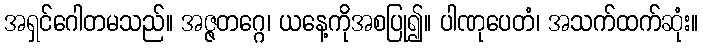
အရှင်ဂေါတမသည်။ အဇ္ဇတဂ္ဂေ၊ ယနေ့ကိုအစပြု၍။ ပါဏုပေတံ၊ အသက်ထက်ဆုံး။